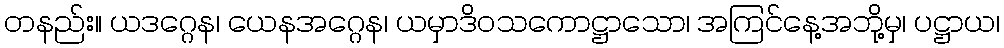
တနည်း။ ယဒဂ္ဂေန၊ ယေနအဂ္ဂေန၊ ယမှာဒိဝသကောဋ္ဌာသော၊ အကြင်နေ့အဘို့မှ၊ ပဋ္ဌာယ၊